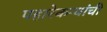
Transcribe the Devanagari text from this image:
पहारेकऱ्यांची